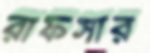
রাফসার